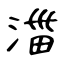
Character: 湽